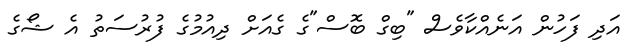
އަދި ފަހުން އަނެއްކާވެސް "ބިގް ބޮސް"ގެ ގެއަށް ދިއުމުގެ ފުރުސަތު އެ ޝޯގެ